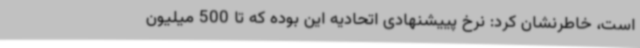
است، خاطرنشان کرد: نرخ پییشنهادی اتحادیه این بوده که تا 500 میلیون